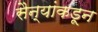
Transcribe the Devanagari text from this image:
सैन्यांकडून